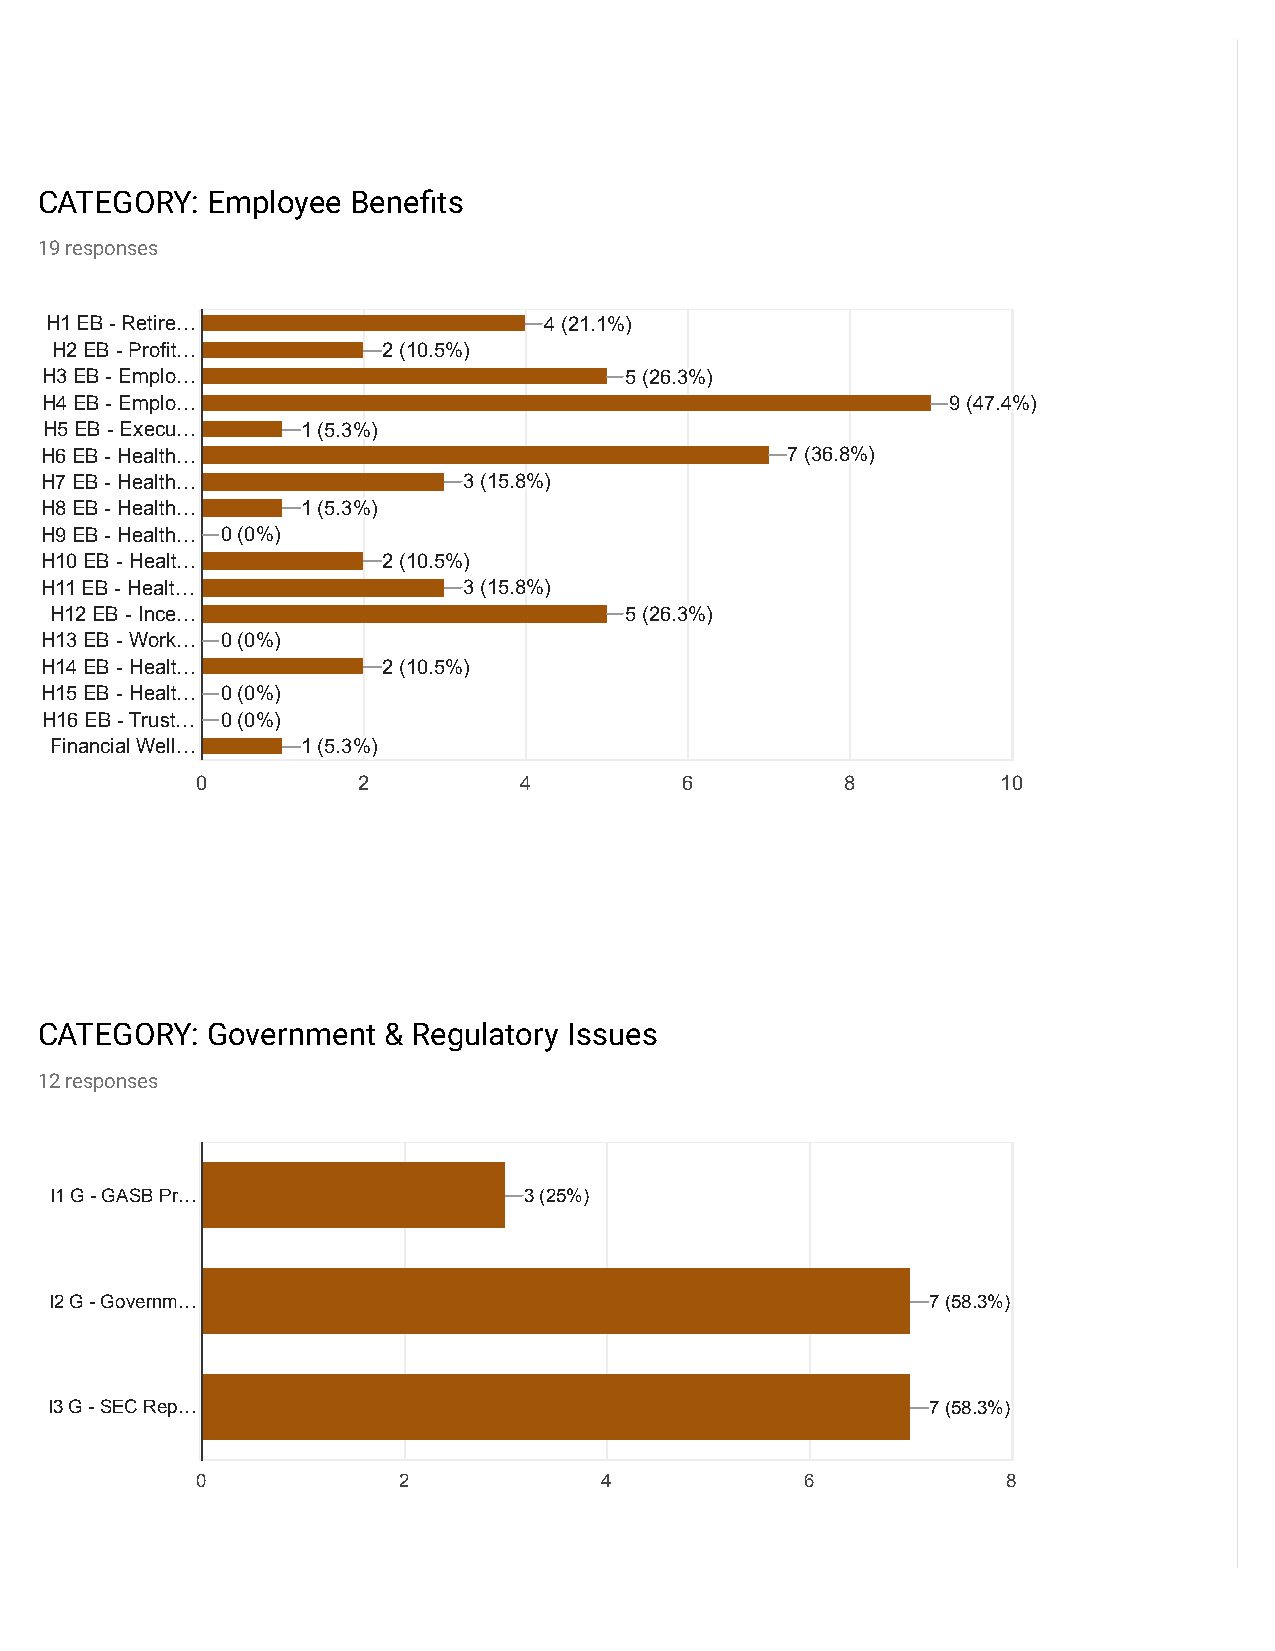
CATEGORY:   Employee BeneIts
 19 responses
 H1 EB - Retire…                  444 (((222111...111%%%)))
 H2 EB - Profit…       222 (((111000...555%%%)))
 H3 EB - Emplo…                        555 (((222666...333%%%)))
 H4 EB - Emplo…                                              999 (((444777...444%%%)))
 H5 EB - Execu…   111 (((555...333%%%)))
 H6 EB - Health…                                  777 (((333666...888%%%)))
 H7 EB - Health…             333 (((111555...888%%%)))
 H8 EB - Health…  111 (((555...333%%%)))
 H9 EB - Health… 000 (((000%%%)))
 H10 EB - Healt…       222 (((111000...555%%%)))
 H11 EB - Healt…             333 (((111555...888%%%)))
 H12 EB - Ince…                        555 (((222666...333%%%)))
 H13 EB - Work… 000 (((000%%%)))
 H14 EB - Healt…       222 (((111000...555%%%)))
 H15 EB - Healt… 000 (((000%%%)))
 H16 EB - Trust… 000 (((000%%%)))
 Financial Well…  111 (((555...333%%%)))
 0          2         4          6          8         10
 CATEGORY:   Government & Regulatory Issues
 12 responses
 I1 G - GASB Pr…                 333 (((222555%%%)))
 I2 G - Governm…                                            777 (((555888...333%%%)))
 I3 G - SEC Rep…                                            777 (((555888...333%%%)))
 0            2             4            6             8